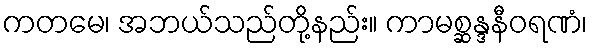
ကတမေ၊ အဘယ်သည်တို့နည်း။ ကာမစ္ဆန္ဒနီဝရဏံ၊